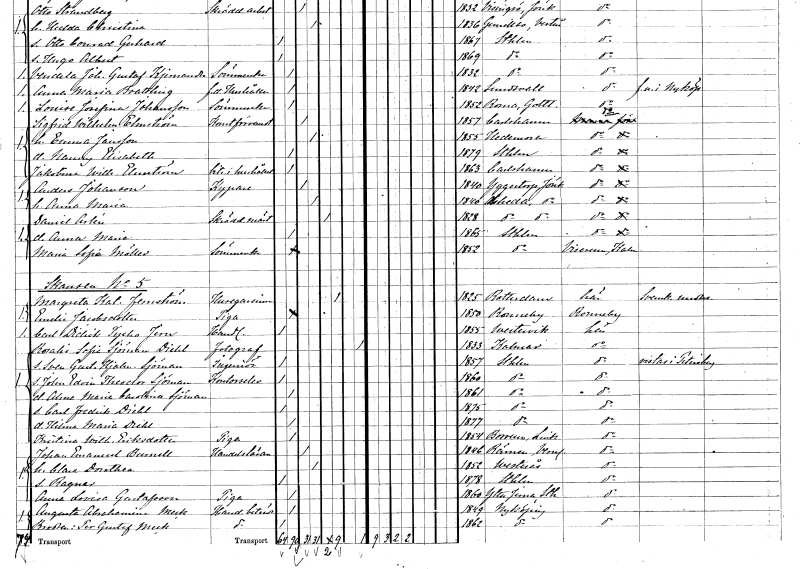
gt_parse: households: individuals: FN: Sigfrid Wilhelm
EN: Elmström
YRKE: Konstförvandt
KON: M
CIV: G
FODAR: 1857
FODFORS: Karlshamn Blekinge län
FN: Emma
EN: Jansson
KON: K
CIV: G
FODAR: 1855
FODFORS: Hedemora Kopparbergs län
FN: Nanny Elisabeth
KON: K
CIV: O
FODAR: 1879
FODFORS: Stockholm
FN: Jakobina Wilhelmina
EN: Elmström
YRKE: Hushållsbiträde
KON: K
CIV: O
FODAR: 1863
FODFORS: Karlshamn Blekinge län
FN: Anders
EN: Johanson
YRKE: Kypare
KON: M
CIV: G
FODAR: 1840
FODFORS: Öggestorp Jönköpings län
FN: Anna Maria
KON: K
CIV: G
FODAR: 1840
FODFORS: Åseda Kronobergs län
FN: Daniel
EN: Arlén
YRKE: Skräddarmästare
KON: M
CIV: E
FODAR: 1828
FODFORS: Åseda Kronobergs län
FN: Anna Maria
KON: K
CIV: O
FODAR: 1865
FODFORS: Stockholm
FN: Maria Sofia
EN: Möller
YRKE: Sömmerska
KON: K
CIV: O
FODAR: 1852
FODFORS: Stockholm
FN: Margareta Katarina
EN: Fernström
YRKE: Husägarinna
KON: K
CIV: E
FODAR: 1825
FN: Emelie
EN: Jacobsdotter
YRKE: Piga
KON: K
CIV: O
FODAR: 1850
FODFORS: Ronneby Blekinge län
FN: Carl Didrik Tycho
EN: Jern
YRKE: Handlande
KON: M
CIV: O
FODAR: 1855
FODFORS: Västervik Kalmar län
FN: Rosalie Sofie
EN: Sjöman Diehl
YRKE: Fotograf
KON: K
CIV: X
FODAR: 1833
FODFORS: Kalmar Kalmar län
FN: Sven Gustaf Hjalmar
EN: Sjöman
YRKE: Ingenjör
KON: M
CIV: O
FODAR: 1857
FODFORS: Stockholm
FN: John Edvin Theodor
EN: Sjöman
YRKE: Kontorselev
KON: M
CIV: O
FODAR: 1860
FODFORS: Stockholm
FN: Alma Maria Carolina
EN: Sjöman
KON: K
CIV: O
FODAR: 1861
FODFORS: Stockholm
FN: Carl Fredrik
EN: Diehl
KON: M
CIV: O
FODAR: 1875
FODFORS: Stockholm
FN: Hilma Maria
EN: Diehl
KON: K
CIV: O
FODAR: 1877
FODFORS: Stockholm
FN: Kristina Wilhelmina
EN: Eriksdotter
YRKE: Piga
KON: K
CIV: O
FODAR: 1854
FODFORS: Börrum Östergötlands län
FN: Johan Emanuel
EN: Burnell
YRKE: Handelslärare
KON: M
CIV: G
FODAR: 1846
FODFORS: Rämmen Värmlands län
FN: Clara Dorothea
KON: K
CIV: G
FODAR: 1852
FODFORS: Västerås Västmanlands län
FN: Ragnar
KON: M
CIV: O
FODAR: 1878
FODFORS: Stockholm
FN: Anna Lovisa
EN: Gustafsson
YRKE: Piga
KON: K
CIV: O
FODAR: 1860
FODFORS: Ytterjärna Stockholms län
FN: Augusta Abrahamina
EN: Meck
YRKE: Handelsbiträde
KON: K
CIV: O
FODAR: 1849
FODFORS: Nyköping Södermanlands län
FN: Per Gustaf
EN: Meck
YRKE: Handelsbiträde
KON: M
CIV: O
FODAR: 1862
FODFORS: Nyköping Södermanlands län